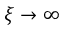
\xi \to \infty